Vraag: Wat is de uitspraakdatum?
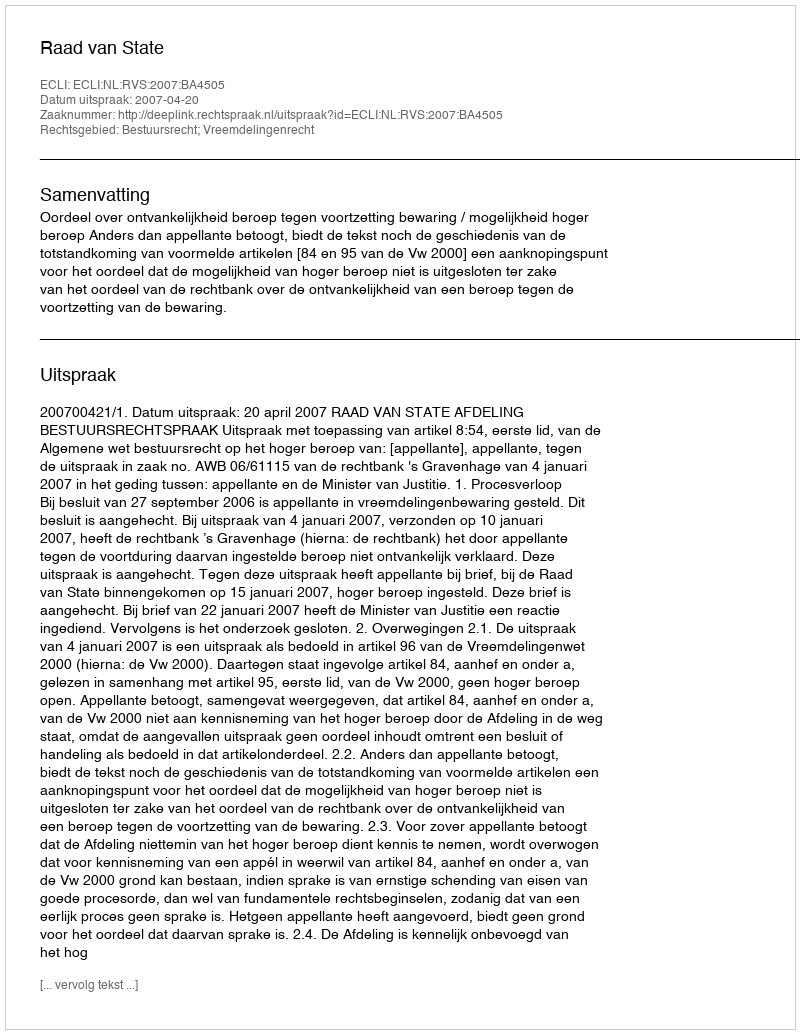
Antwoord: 2007-04-20